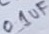
Text: 0.1uF